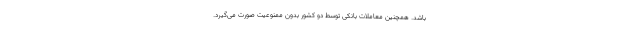
باشد. همچنین معاملات بانکی توسط دو کشور بدون ممنوعیت صورت می‌گیرد.